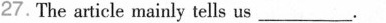
27.'The srticle mainly tells us ___